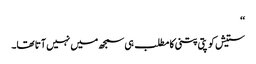
‘‘
ستیش کو پتی پتنی کا مطلب ہی سمجھ میں نہیں آتا تھا۔